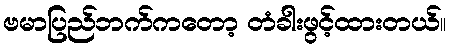
ဗမာပြည်ဘက်ကတော့ တံခါးဖွင့်ထားတယ်။